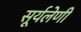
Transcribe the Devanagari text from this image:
सूर्यलेणी